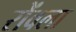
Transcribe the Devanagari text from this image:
रोंवला